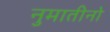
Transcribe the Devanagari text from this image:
नुमातीनो